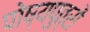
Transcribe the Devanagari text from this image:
पोष्यपुत्रों